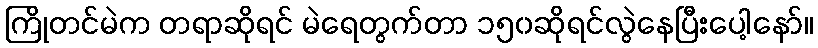
ကြိုတင်မဲက တရာဆိုရင် မဲရေတွက်တာ ၁၅၀ဆိုရင်လွဲနေပြီးပေါ့နော်။